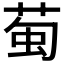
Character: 𫈖